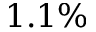
1 . 1 \%